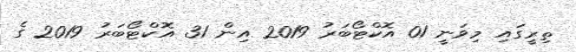
ތިރީގައި މިވަނީ 01 އޮކްޓޯބަރު 2019 އިން 31 އޮކްޓޯބަރު 2019 ގެ